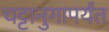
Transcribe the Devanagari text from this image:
चट्टानुगापर्यंत